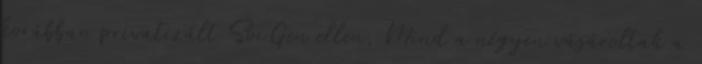
korábban privatizált SocGen ellen. Mind a négyen vásároltak a